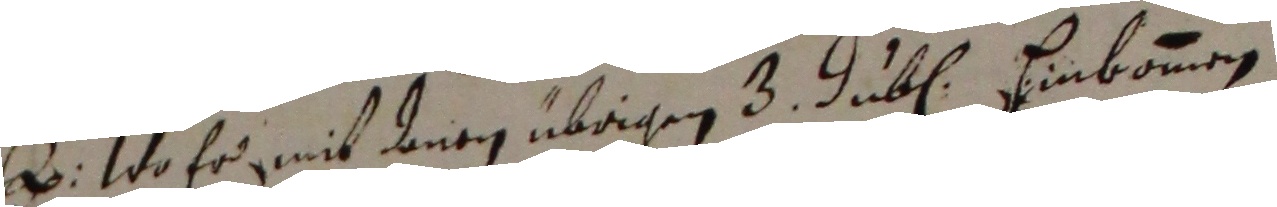
D wo fr mit denen abigen 3 jube hinbaumen